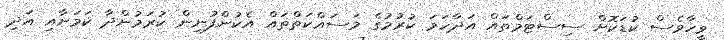
ވީހާވެސް ކުޑަކޮށް ސިސްޓަމްތައް އަދާހަމަ ކުރުމުގެ މަސައްކަތްތައް އެކުންފުނިން ކުރަމުންދާ ކަމަށާއި އަދި